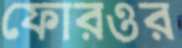
ফোরওর